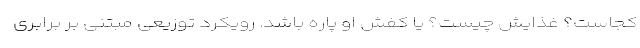
کجاست؟ غذایش چیست؟ یا کفش او پاره باشد. رویکرد توزیعی مبتنی بر برابری